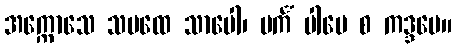
အက္ကောသေ သပထေ သာပေါ၊ ပင်္ကံ ပါပေ စ ကဒ္ဒမေ။